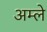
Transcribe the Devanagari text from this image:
अम्‍ले